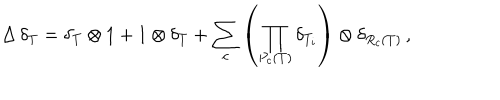
LaTeX: \Delta \, \delta _ { T } = \delta _ { T } \otimes 1 + 1 \otimes \delta _ { T } + \sum _ { c } \left( \prod _ { P _ { c } ( T ) } \delta _ { T _ { i } } \right) \otimes \delta _ { R _ { c } ( T ) } \, ,